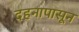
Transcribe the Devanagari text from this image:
दहनापासून